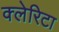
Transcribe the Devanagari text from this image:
क्लेरिटा